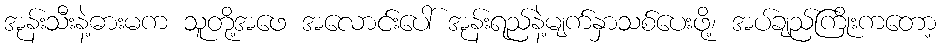
အုန်းသီးနဲ့ဓားမက သူတို့အဖေ အလောင်းပေါ် အုန်းရည်နဲ့မျက်နှာသစ်ပေးဖို့၊ အပ်ချည်ကြိုးကတော့